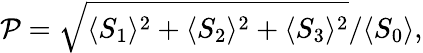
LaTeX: \mathcal{P}={\sqrt{\langle S_{1}\rangle^{2}+\langle S_{2}\rangle^{2}+\langle S_{3}\rangle^{2}}}/{\langle S_{0}\rangle},